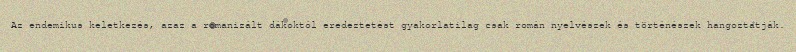
Az endemikus keletkezés, azaz a romanizált dákoktól eredeztetést gyakorlatilag csak román nyelvészek és történészek hangoztatják.